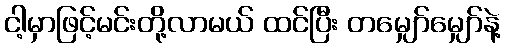
ငါ့မှာဖြင့်မင်းတို့လာမယ် ထင်ပြီး တမျှော်မျှော်နဲ့